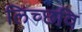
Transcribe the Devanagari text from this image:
लिच्‍छवि